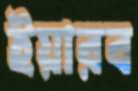
ইয়ারব